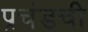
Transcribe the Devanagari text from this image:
प्रचंडची